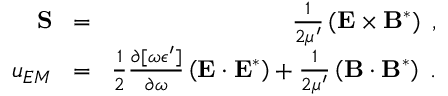
\begin{array} { r l r } { { \bf S } \! } & { = } & { \! \frac { 1 } { 2 \mu ^ { \prime } } \left( { \bf E } \times { \bf B } ^ { \ast } \right) \; , } \\ { u _ { E M } \! } & { = } & { \! \frac { 1 } { 2 } \frac { \partial [ \omega \epsilon ^ { \prime } ] } { \partial \omega } \left( { \bf { E } } \cdot { \bf { E } } ^ { * } \right) + \frac { 1 } { 2 \mu ^ { \prime } } \left( { \bf { B } } \cdot { \bf { B } } ^ { * } \right) \; . } \end{array}